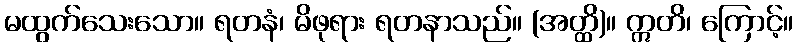
မထွက်သေးသော။ ရတနံ၊ မိဖုရား ရတနာသည်။ (အတ္ထိ)။ ဣတိ၊ ကြောင့်။